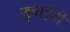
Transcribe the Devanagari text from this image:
ज़ुबाईदी